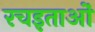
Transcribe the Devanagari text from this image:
रचइताओं